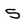
Character: 5